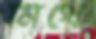
মিথে